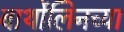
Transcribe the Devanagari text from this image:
बार्थोलिनच्या